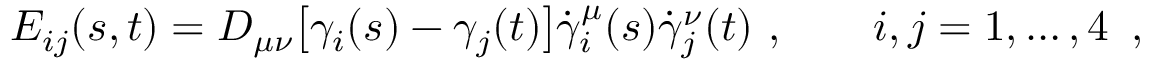
E _ { i j } ( s , t ) = D _ { \mu \nu } \bigl [ \gamma _ { i } ( s ) - \gamma _ { j } ( t ) \bigr ] \dot { \gamma } _ { i } ^ { \mu } ( s ) \dot { \gamma } _ { j } ^ { \nu } ( t ) \ , \qquad i , j = 1 , \dots , 4 \ \, ,